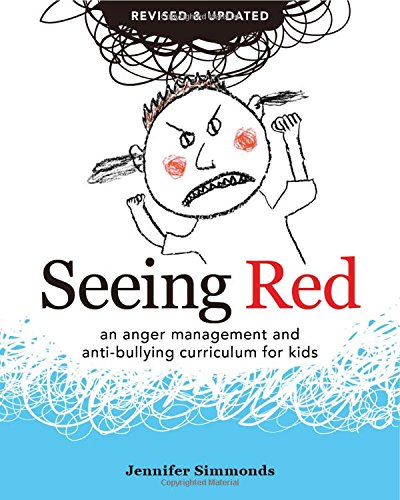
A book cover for Seeing Red: An Anger Management and Anti-Bullying Curriculum for Kids; Jennifer Simmonds; Self-Help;